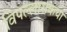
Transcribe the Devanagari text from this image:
विपल्लासकथा